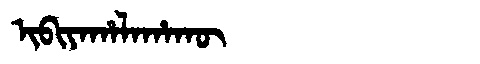
Manchu: ᡳᠪᡳᠶᠠᡥᠠᠯᠠᡥᠠᡴᡡ
Romanization: IBIYAHALAHAKŪ